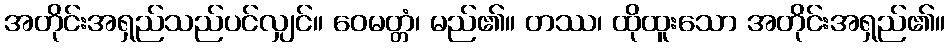
အတိုင်းအရှည်သည်ပင်လျှင်။ ဝေမတ္တံ၊ မည်၏။ တဿ၊ ထိုထူးသော အတိုင်းအရှည်၏။